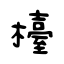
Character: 檯